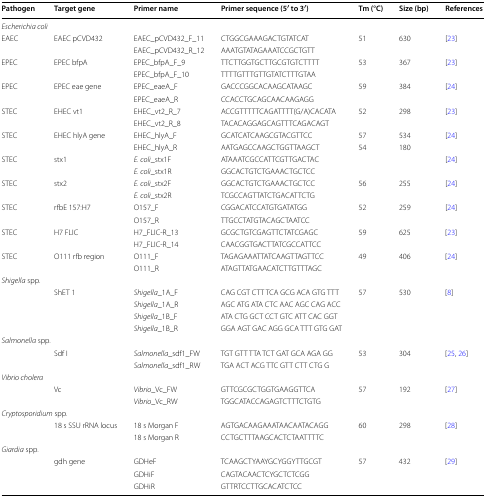
<table><thead><tr><td><b>Pathogen</b></td><td><b>Target gene</b></td><td><b>Primer name</b></td><td><b>Primer sequence (5′ to 3′)</b></td><td><b>Tm (°C)</b></td><td><b>Size (bp)</b></td><td><b>References</b></td></tr></thead><tbody><tr><td colspan="7"><i>Escherichia coli</i></td></tr><tr><td>EAEC</td><td>EAEC pCVD432</td><td>EAEC_pCVD432_F_11</td><td>CTGGCGAAAGACTGTATCAT</td><td>51</td><td>630</td><td>[23]</td></tr><tr><td></td><td></td><td>EAEC_pCVD432_R_12</td><td>AAATGTATAGAAATCCGCTGTT</td><td></td><td></td><td></td></tr><tr><td>EPEC</td><td>EPEC bfpA</td><td>EPEC_bfpA_F_9</td><td>TTCTTGGTGCTTGCGTGTCTTTT</td><td>53</td><td>367</td><td>[23]</td></tr><tr><td></td><td></td><td>EPEC_bfpA_F_10</td><td>TTTTGTTTGTTGTATCTTTGTAA</td><td></td><td></td><td></td></tr><tr><td>EPEC</td><td>EPEC eae gene</td><td>EPEC_eaeA_F</td><td>GACCCGGCACAAGCATAAGC</td><td>59</td><td>384</td><td>[24]</td></tr><tr><td></td><td></td><td>EPEC_eaeA_R</td><td>CCACCTGCAGCAACAAGAGG</td><td></td><td></td><td></td></tr><tr><td>STEC</td><td>EHEC vt1</td><td>EHEC_vt2_R_7</td><td>ACCGTTTTTCAGATTTT(G/A)CACATA</td><td>52</td><td>298</td><td>[23]</td></tr><tr><td></td><td></td><td>EHEC_vt2_R_8</td><td>TACACAGGAGCAGTTTCAGACAGT</td><td></td><td></td><td></td></tr><tr><td>STEC</td><td>EHEC hlyA gene</td><td>EHEC_hlyA_F</td><td>GCATCATCAAGCGTACGTTCC</td><td>57</td><td>534</td><td>[24]</td></tr><tr><td></td><td></td><td>EHEC_hlyA_R</td><td>AATGAGCCAAGCTGGTTAAGCT</td><td>54</td><td>180</td><td></td></tr><tr><td>STEC</td><td>stx1</td><td><i>E. coli</i>_stx1F</td><td>ATAAATCGCCATTCGTTGACTAC</td><td></td><td></td><td>[24]</td></tr><tr><td></td><td></td><td><i>E. coli</i>_stx1R</td><td>GGCACTGTCTGAAACTGCTCC</td><td></td><td></td><td></td></tr><tr><td>STEC</td><td>stx2</td><td><i>E. coli</i>_stx2F</td><td>GGCACTGTCTGAAACTGCTCC</td><td>56</td><td>255</td><td>[24]</td></tr><tr><td></td><td></td><td><i>E. coli</i>_stx2R</td><td>TCGCCAGTTATCTGACATTCTG</td><td></td><td></td><td></td></tr><tr><td>STEC</td><td>rfbE 157:H7</td><td>O157_F</td><td>CGGACATCCATGTGATATGG</td><td>52</td><td>259</td><td>[24]</td></tr><tr><td></td><td></td><td>O157_R</td><td>TTGCCTATGTACAGCTAATCC</td><td></td><td></td><td></td></tr><tr><td>STEC</td><td>H7 FLIC</td><td>H7_FLIC-R_13</td><td>GCGCTGTCGAGTTCTATCGAGC</td><td>59</td><td>625</td><td>[23]</td></tr><tr><td></td><td></td><td>H7_FLIC-R_14</td><td>CAACGGTGACTTATCGCCATTCC</td><td></td><td></td><td></td></tr><tr><td>STEC</td><td>O111 rfb region</td><td>O111_F</td><td>TAGAGAAATTATCAAGTTAGTTCC</td><td>49</td><td>406</td><td>[24]</td></tr><tr><td></td><td></td><td>O111_R</td><td>ATAGTTATGAACATCTTGTTTAGC</td><td></td><td></td><td></td></tr><tr><td colspan="7"><i>Shigella</i> spp.</td></tr><tr><td></td><td>ShET 1</td><td><i>Shigella</i>_1A_F</td><td>CAG CGT CTT TCA GCG ACA GTG TTT</td><td>57</td><td>530</td><td>[8]</td></tr><tr><td></td><td></td><td><i>Shigella</i>_1A_R</td><td>AGC ATG ATA CTC AAC AGC CAG ACC</td><td></td><td></td><td></td></tr><tr><td></td><td></td><td><i>Shigella</i>_1B_F</td><td>ATA CTG GCT CCT GTC ATT CAC GGT</td><td></td><td></td><td></td></tr><tr><td></td><td></td><td><i>Shigella</i>_1B_R</td><td>GGA AGT GAC AGG GCA TTT GTG GAT</td><td></td><td></td><td></td></tr><tr><td colspan="7"><i>Salmonella</i> spp.</td></tr><tr><td></td><td>Sdf I</td><td><i>Salmonella</i>_sdf1_FW</td><td>TGT GTT TTA TCT GAT GCA AGA GG</td><td>53</td><td>304</td><td>[25, 26]</td></tr><tr><td></td><td></td><td><i>Salmonella</i>_sdf1_RW</td><td>TGA ACT ACG TTC GTT CTT CTG G</td><td></td><td></td><td></td></tr><tr><td colspan="7"><i>Vibrio cholera</i></td></tr><tr><td></td><td>Vc</td><td><i>Vibrio</i>_Vc_FW</td><td>GTTCGCGCTGGTGAAGGTTCA</td><td>57</td><td>192</td><td>[27]</td></tr><tr><td></td><td></td><td><i>Vibrio</i>_Vc_RW</td><td>TGGCATACCAGAGTCTTTCTGTG</td><td></td><td></td><td></td></tr><tr><td colspan="7"><i>Cryptosporidium</i> spp.</td></tr><tr><td></td><td rowspan="2">18 s SSU rRNA locus</td><td>18 s Morgan F</td><td>AGTGACAAGAAATAACAATACAGG</td><td>60</td><td>298</td><td>[28]</td></tr><tr><td></td><td>18 s Morgan R</td><td>CCTGCTTTAAGCACTCTAATTTTC</td><td></td><td></td><td></td></tr><tr><td colspan="7"><i>Giardia</i> spp.</td></tr><tr><td></td><td>gdh gene</td><td>GDHeF</td><td>TCAAGCTYAAYGCYGGYTTGCGT</td><td>57</td><td>432</td><td>[29]</td></tr><tr><td></td><td></td><td>GDHiF</td><td>CAGTACAACTCYGCTCTCGG</td><td></td><td></td><td></td></tr><tr><td></td><td></td><td>GDHiR</td><td>GTTRTCCTTGCACATCTCC</td><td></td><td></td><td></td></tr></tbody></table>